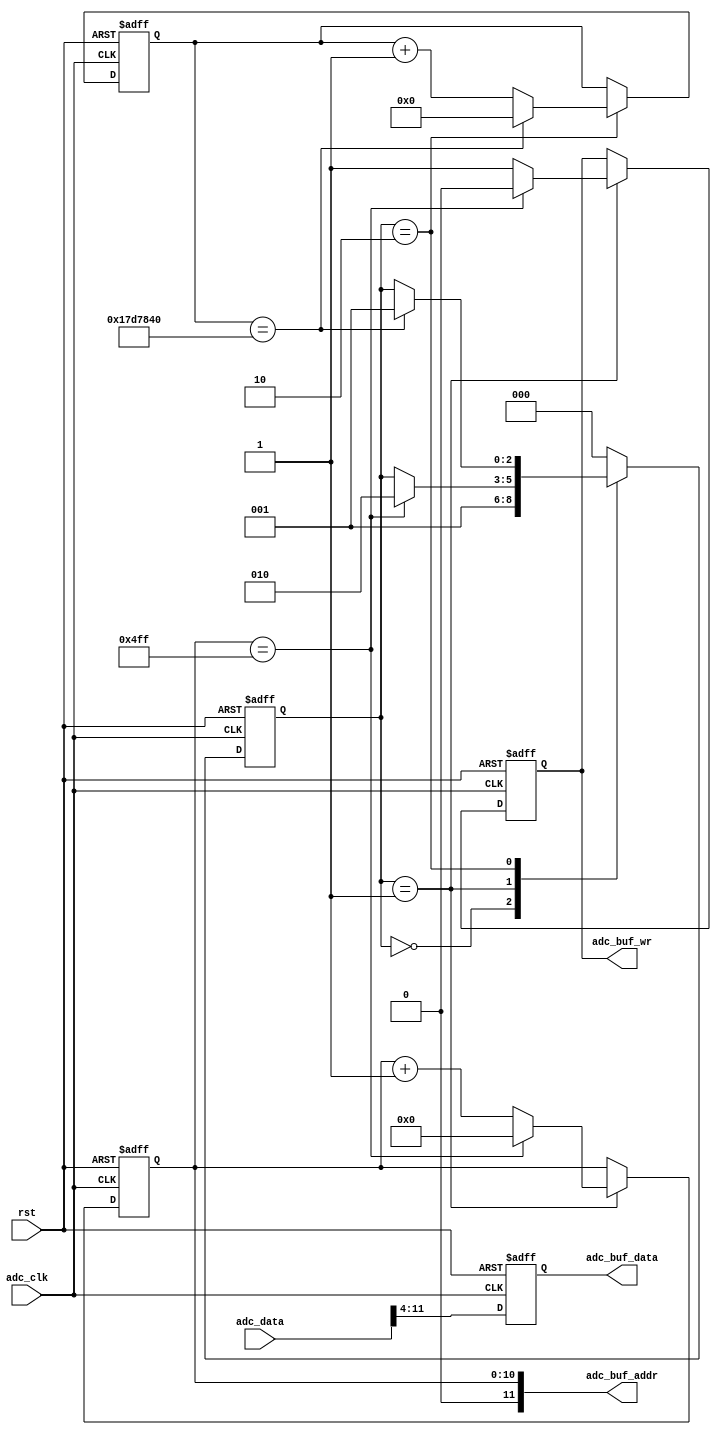
//////////////////////////////////////////////////////////////////////////////////
//                                                                              //
//                                                                              //
//          msq@qq.com                                                          //
//          ALINX(shanghai) Technology Co.,Ltd                                  //
//          heijin                                                              //
//     WEB: http://www.alinx.cn/                                                //
//     BBS: http://www.heijin.org/                                              //
//                                                                              //
//////////////////////////////////////////////////////////////////////////////////
//                                                                              //
// Copyright (c) 2017,ALINX(shanghai) Technology Co.,Ltd                        //
//                    All rights reserved                                       //
//                                                                              //
// This source file may be used and distributed without restriction provided    //
// that this copyright statement is not removed from the file and that any      //
// derivative work contains the original copyright notice and the associated    //
// disclaimer.                                                                  //
//                                                                              //
//////////////////////////////////////////////////////////////////////////////////

//================================================================================
//  Revision History:
//  Date          By            Revision    Change Description
//--------------------------------------------------------------------------------
//2020/3/16                   1.0          Original
//*******************************************************************************/
module ad9238_sample(
	input                       adc_clk,
	input                       rst,
	input[11:0]                 adc_data,		//adc sample data
	output reg                  adc_buf_wr,		//buffer write enable signal
	output[11:0]                adc_buf_addr,	//buffer write address
	output[7:0]                 adc_buf_data	//buffer write data
);



localparam       S_IDLE    = 0;
localparam       S_SAMPLE  = 1;
localparam       S_WAIT    = 2;
reg[2:0] 		 state;

reg[7:0] 		adc_data_narrow;
reg[10:0] 		sample_cnt;			//sample counter
reg[31:0] 		wait_cnt;			//wait counter

assign adc_buf_addr = sample_cnt;
assign adc_buf_data = adc_data_narrow;

//only use MSB 8 bit data
always@(posedge adc_clk or posedge rst)
begin
	if(rst == 1'b1)
		adc_data_narrow <= 8'd0;
	else
		adc_data_narrow <= adc_data[11:4];
end


always@(posedge adc_clk or posedge rst)
begin
	if(rst == 1'b1)
	begin
		state <= S_IDLE;
		wait_cnt <= 32'd0;
		sample_cnt <= 11'd0;
		adc_buf_wr <= 1'b0;
	end
	else
		case(state)
			S_IDLE:
			begin
				state <= S_SAMPLE;
			end
			S_SAMPLE:
			begin
				if(sample_cnt == 11'd1279)	//sample 1280 data
				begin
					sample_cnt <= 11'd0;
					adc_buf_wr <= 1'b0;
					state <= S_WAIT;
				end
				else
				begin
					sample_cnt <= sample_cnt + 11'd1;
					adc_buf_wr <= 1'b1;
				end
				
			end		
			S_WAIT:
			begin
				if(wait_cnt == 32'd25_000_000)	//wait for a while
				begin
					state <= S_SAMPLE;
					wait_cnt <= 32'd0;
				end
				else
				begin
					wait_cnt <= wait_cnt + 32'd1;
				end				
			end	
			default:
				state <= S_IDLE;
		endcase
end

endmodule